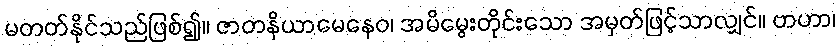
မတတ်နိုင်သည်ဖြစ်၍။ ဇာတနိယာမေနေဝ၊ အမိမွေးတိုင်းသော အမှတ်ဖြင့်သာလျှင်။ ဗာဟာ၊